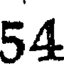
54